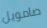
صامويل